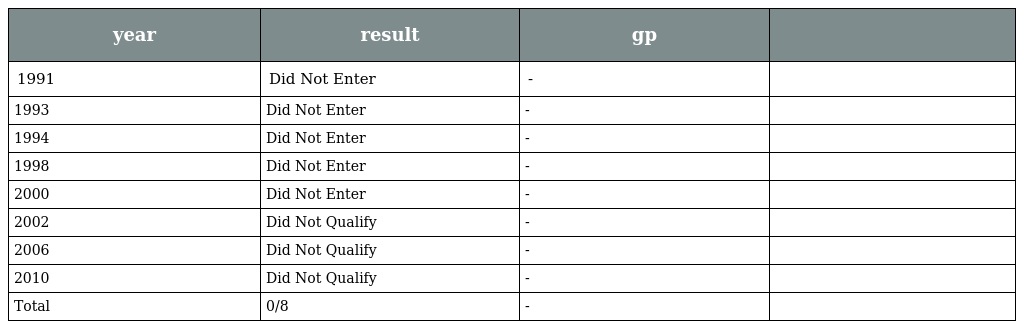
| year | result | gp |  |
 | --- | --- | --- | --- |
 | 1991 | Did Not Enter | - |  |
 | 1993 | Did Not Enter | - |  |
 | 1994 | Did Not Enter | - |  |
 | 1998 | Did Not Enter | - |  |
 | 2000 | Did Not Enter | - |  |
 | 2002 | Did Not Qualify | - |  |
 | 2006 | Did Not Qualify | - |  |
 | 2010 | Did Not Qualify | - |  |
 | Total | 0/8 | - |  |